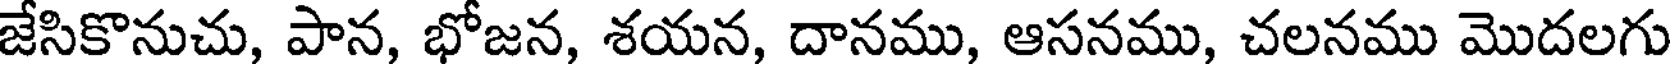
జేసికొనుచు, పాన, భోజన, శయన, దానము, ఆసనము, చలనము మొదలగు